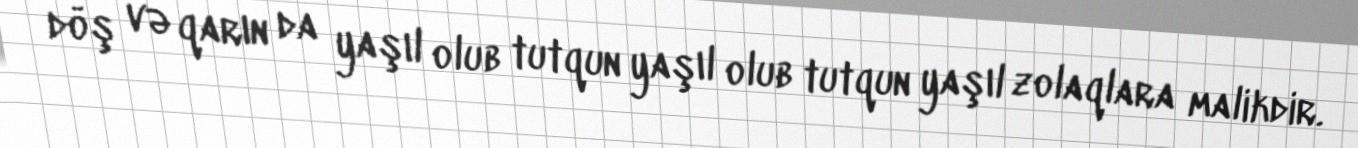
döş və qarın da yaşıl olub tutqun yaşıl olub tutqun yaşıl zolaqlara malikdir.